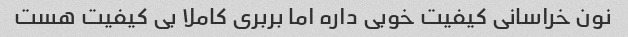
نون خراسانی کیفیت خوبی داره اما بربری کاملا بی کیفیت هست